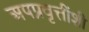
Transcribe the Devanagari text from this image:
अपप्रवृत्तींशी